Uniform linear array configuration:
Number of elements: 8
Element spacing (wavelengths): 0.5
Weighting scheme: kaiser
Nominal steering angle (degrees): -60
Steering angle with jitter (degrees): -59.131
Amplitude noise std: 0.05
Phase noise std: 0.05

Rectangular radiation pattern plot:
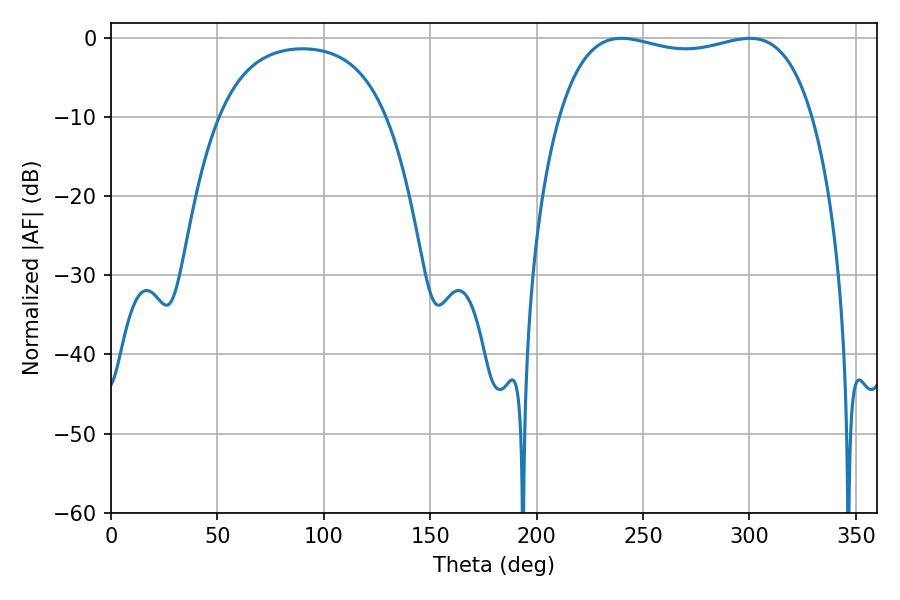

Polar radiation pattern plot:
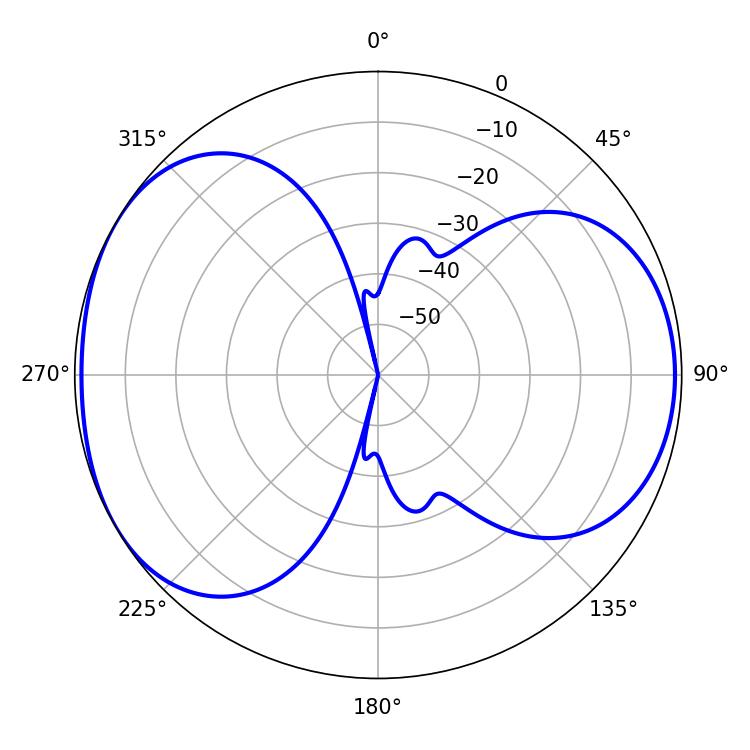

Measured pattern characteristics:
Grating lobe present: FALSE
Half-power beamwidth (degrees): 96.84
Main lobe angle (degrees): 239.76